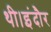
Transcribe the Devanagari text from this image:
थी।इंदौर